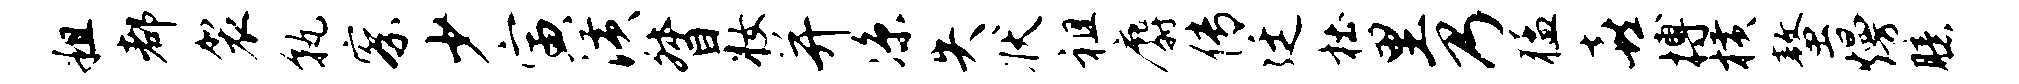
粗都袈孰察少寅潢督妆并凉失状祖麝传廷杜里乃猛喜搏横螯熳臆